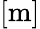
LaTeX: [\mathrm{m}]